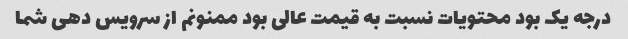
درجه یک بود محتویات نسبت به قیمت عالی بود ممنونم از سرویس دهی شما